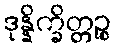
ဒုန္နိက္ခိတ္တဉ္စ